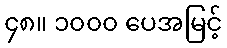
၄၈။ ၁၀၀၀ ပေအမြင့်